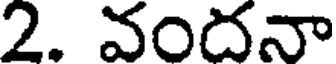
2. వందనా